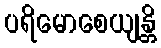
ပရိမောစေယျန္တိ